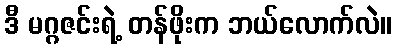
ဒီ မဂ္ဂဇင်းရဲ့ တန်ဖိုးက ဘယ်လောက်လဲ။